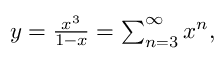
\textstyle y = { \frac { x ^ { 3 } } { 1 - x } } = \sum _ { n = 3 } ^ { \infty } x ^ { n } ,